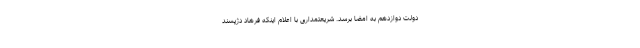
دولت دوازدهم به امضا برسد. شریعتمداری با اعلام اینکه فرهاد دژپسند